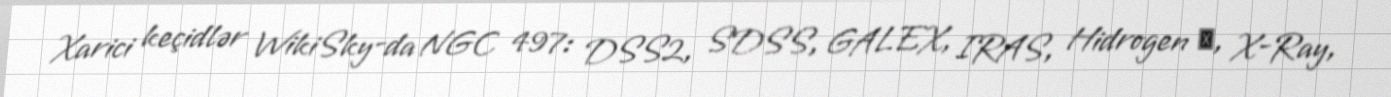
Xarici keçidlər WikiSky-da NGC 497: DSS2, SDSS, GALEX, IRAS, Hidrogen α, X-Ray,